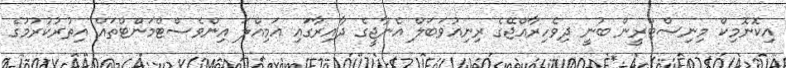
އިކޮނޮމިކް މިނިސްޓްރީން ބުނީ ދިވެހިރާއްޖޭގެ ރިނިއުވަބަލް އެނާޖީގެ ދާއިރާގައި އަމިއްލަ އިންވެސްޓްމަންޓްތައް އިތުރުކުރުމުގެ